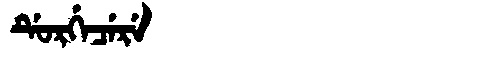
Manchu: ᡩᡠᡵᡤᡝᠴᡝᡵᡝ
Romanization: DURGECERE